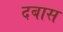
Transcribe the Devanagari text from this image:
दबास